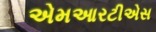
એમઆરટીએસ